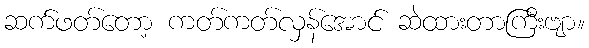
ဆက်ဖတ်တော့ ကတ်ကတ်လှန်အောင် ဆဲထားတာကြီးဗျာ။